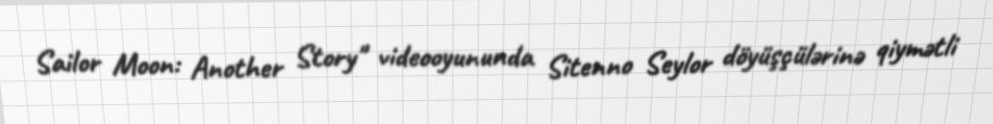
Sailor Moon: Another Story" videooyununda Sitenno Seylor döyüşçülərinə qiymətli